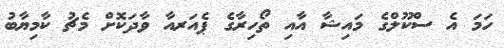
ހަމަ އެ ސްކޫލްގެ މައިޝާ އާއި ތޯހިރާގެ ޕެއަރއާ ވާދަކޮށް މެޗު ކާމިޔާބު